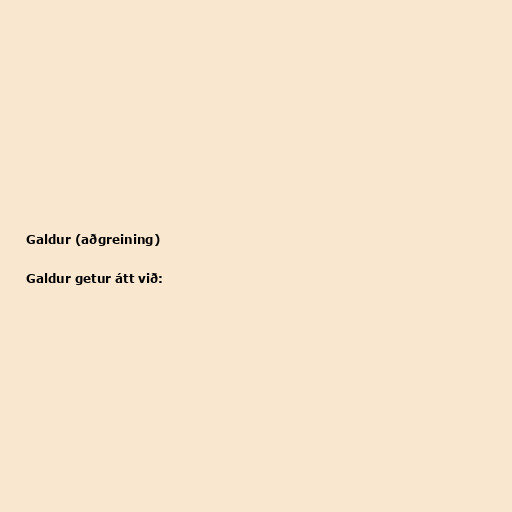
Galdur (aðgreining)

Galdur getur átt við: